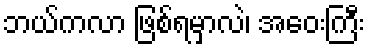
ဘယ်ကလာ ဖြစ်ရမှာလဲ၊ အဝေးကြီး